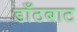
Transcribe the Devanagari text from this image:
डाँठबाट